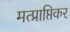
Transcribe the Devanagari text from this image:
मत्प्राप्तिकर